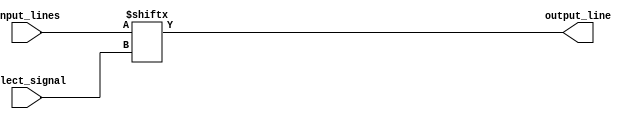
module multiplexer_1024_1 (
    input [1023:0] input_lines,
    input [9:0] select_signal,
    output reg output_line
);

always @* begin
    output_line = input_lines[select_signal];
end

endmodule